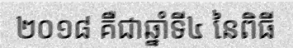
២០១៨ គឺជាឆ្នាំទី៤ នៃពិធី